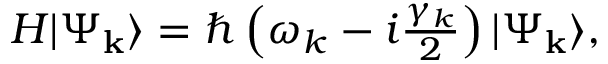
\begin{array} { r } { H | \Psi _ { \mathbf { k } } \rangle = \hbar \left( \omega _ { k } - i \frac { \gamma _ { k } } { 2 } \right) | \Psi _ { \mathbf { k } } \rangle , } \end{array}